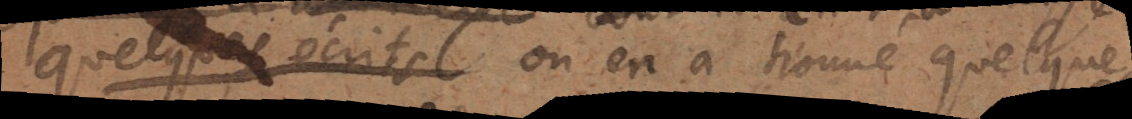
quelques écrits ou en a homie quelque